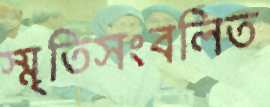
স্মৃতিসংবলিত